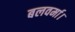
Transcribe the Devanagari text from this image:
बलवर्मा।